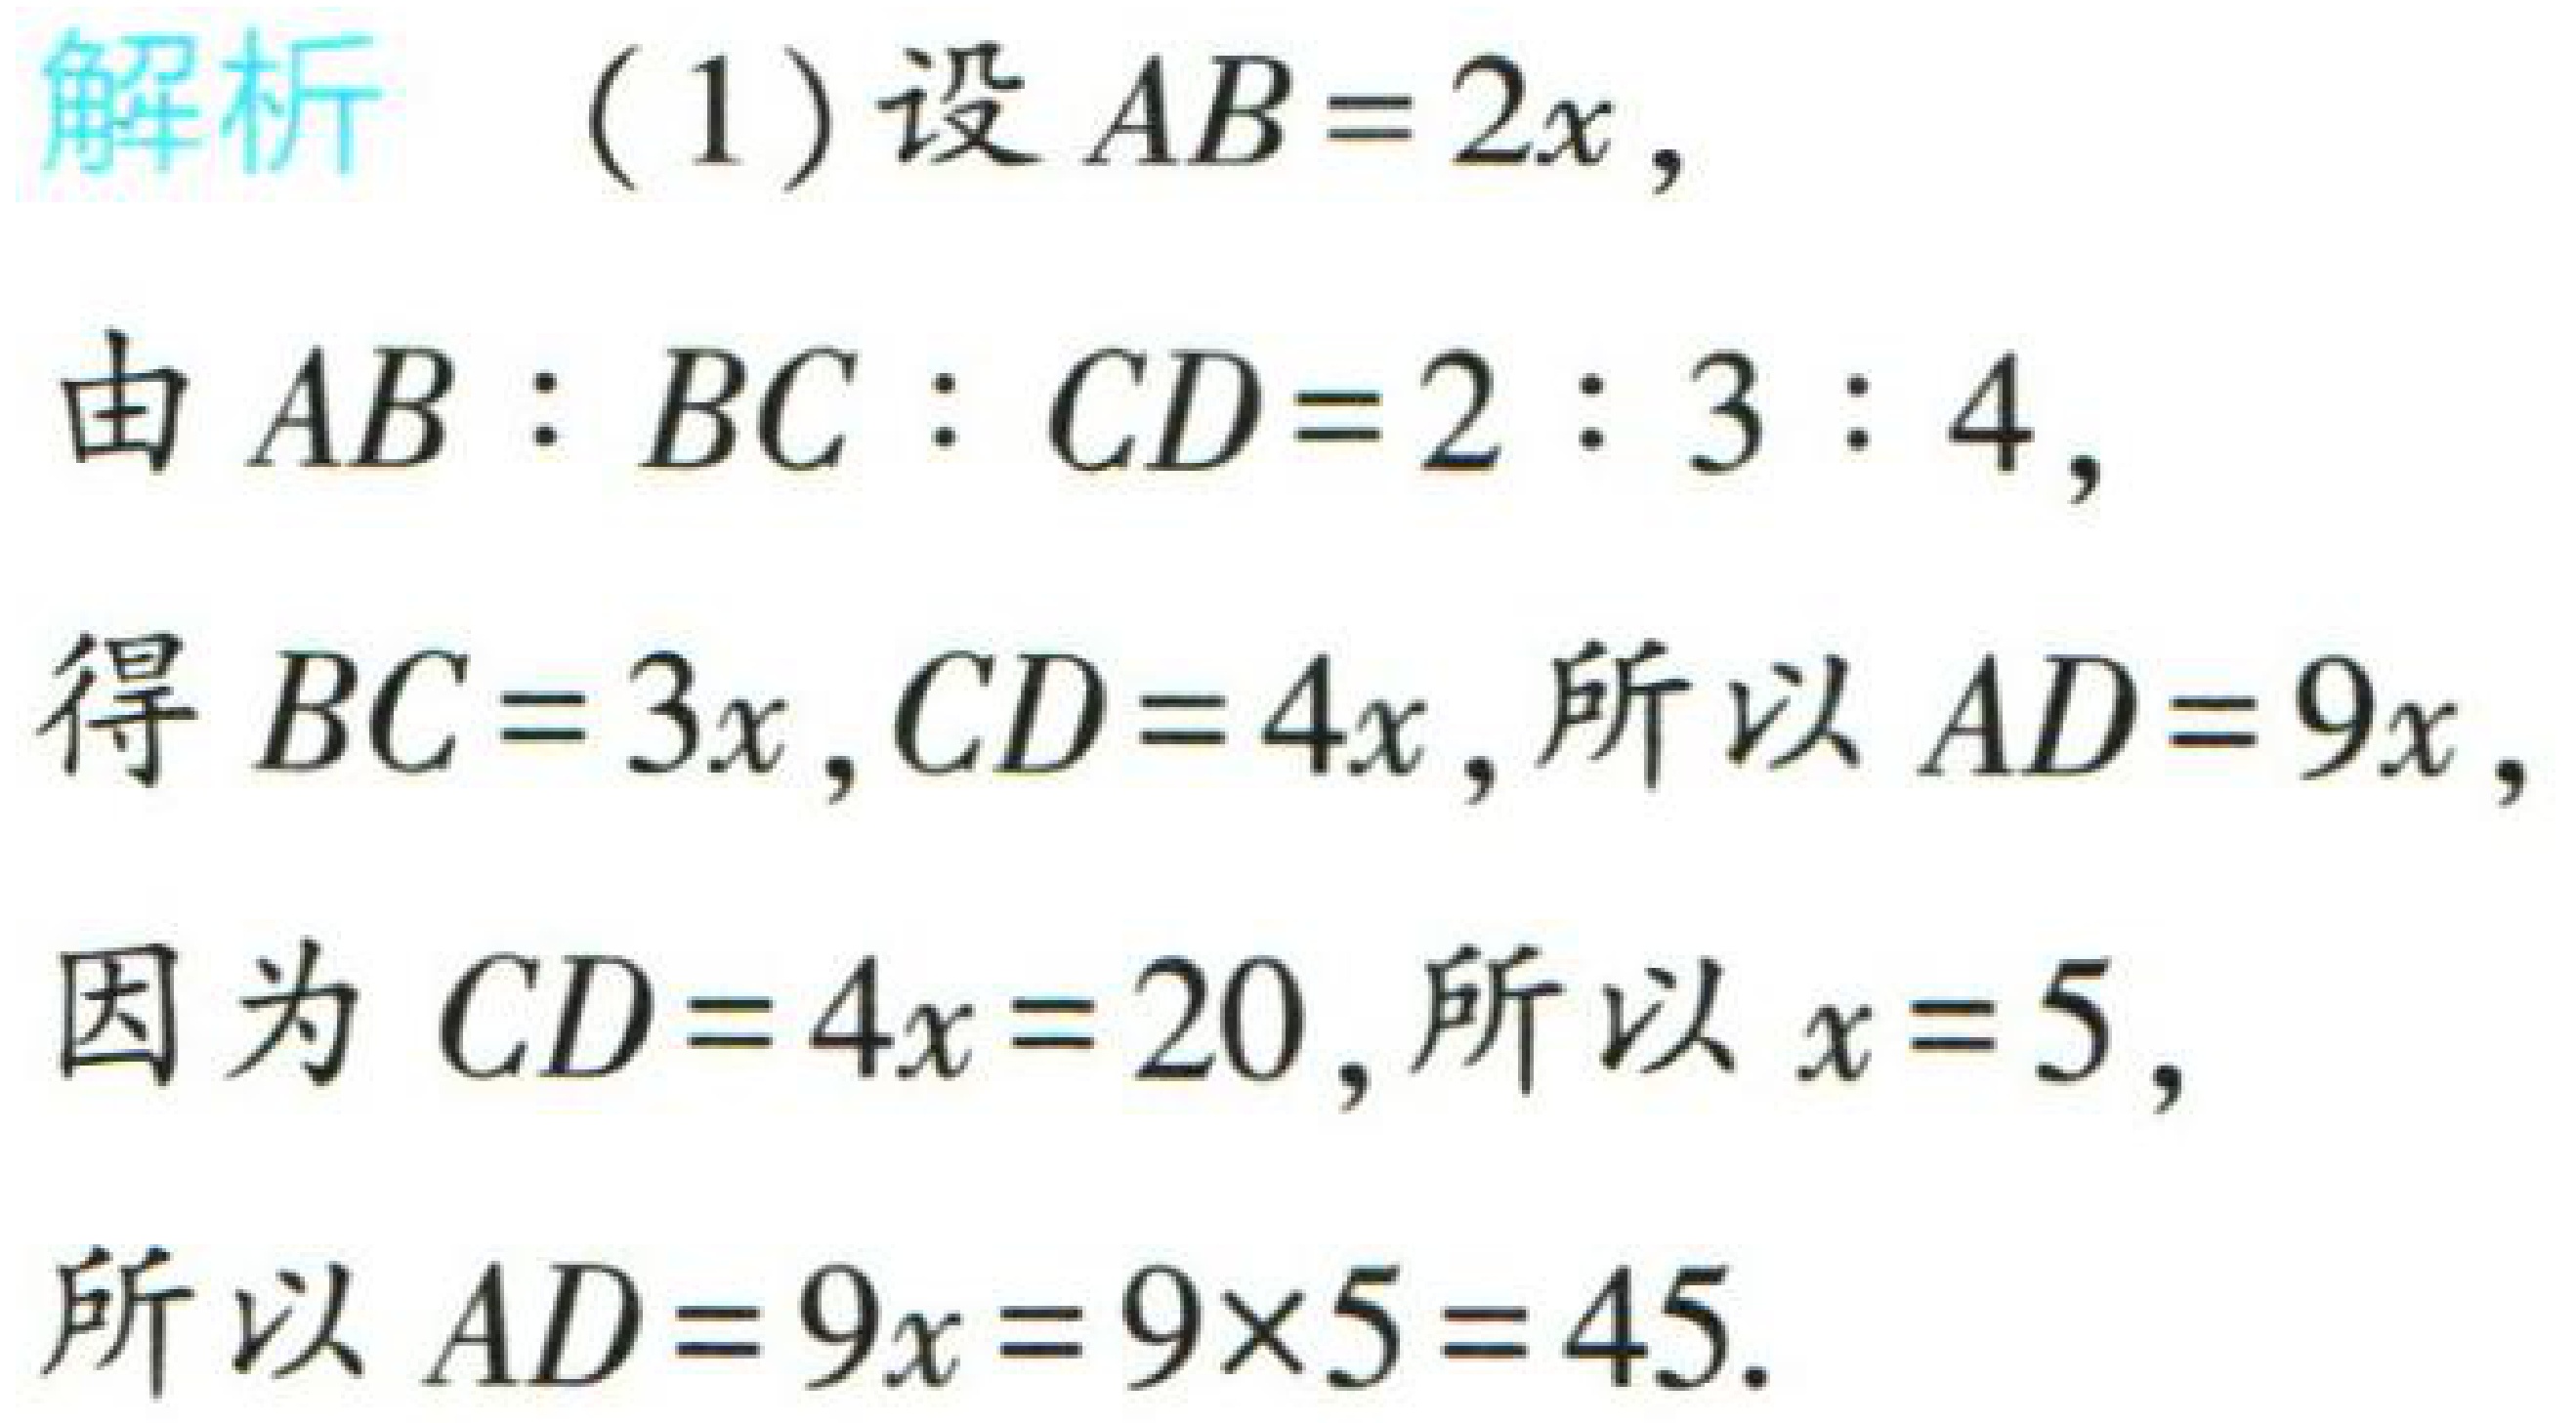
解析 （1）设\(AB = 2x\)，

由\(AB:BC:CD = 2:3:4\)，

得\(BC = 3x,CD = 4x\)，所以\(AD = 9x\)，

因为\(CD = 4x = 20\)，所以\(x = 5\)，

所以\(AD = 9x = 9\times5 = 45\).